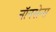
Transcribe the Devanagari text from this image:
नॉनसेन्स